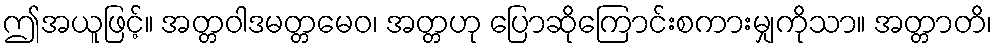
ဤအယူဖြင့်။ အတ္တဝါဒမတ္တမေဝ၊ အတ္တဟု ပြောဆိုကြောင်းစကားမျှကိုသာ။ အတ္တာတိ၊